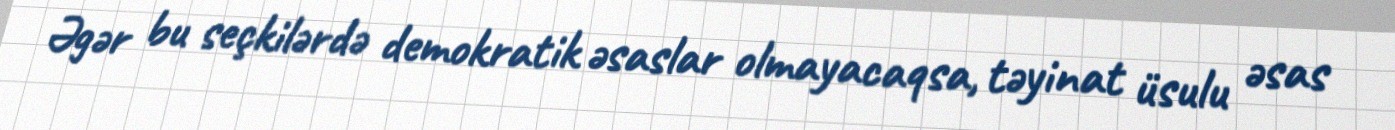
Əgər bu seçkilərdə demokratik əsaslar olmayacaqsa, təyinat üsulu əsas